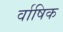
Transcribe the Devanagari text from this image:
र्वाषिक